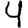
Digit: 4